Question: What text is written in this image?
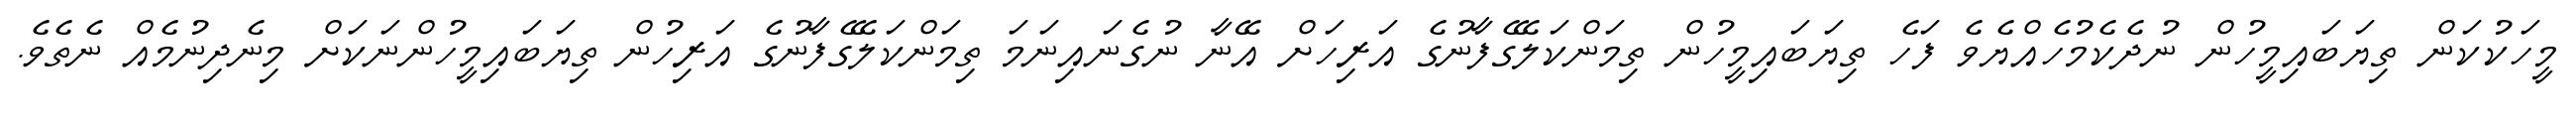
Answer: މީހަކުކަން ތިޔަބައިމީހުން ނުދެކެމުހެއްޔެވެ ފަހެ ތިޔަބައިމީހުން ތިމަންކަލޭގެފާނުގެ އަރިހަށް އޭނާ ނުގެނައިނަމަ ތިމަންކަލޭގެފާނުގެ އަރިހުން ތިޔަބައިމީހުންނަކަށް މިނެދިނުމެއް ނެތެވެ.